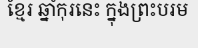
ខ្មែរ ឆ្នាំកុរនេះ ក្នុងព្រះបរម